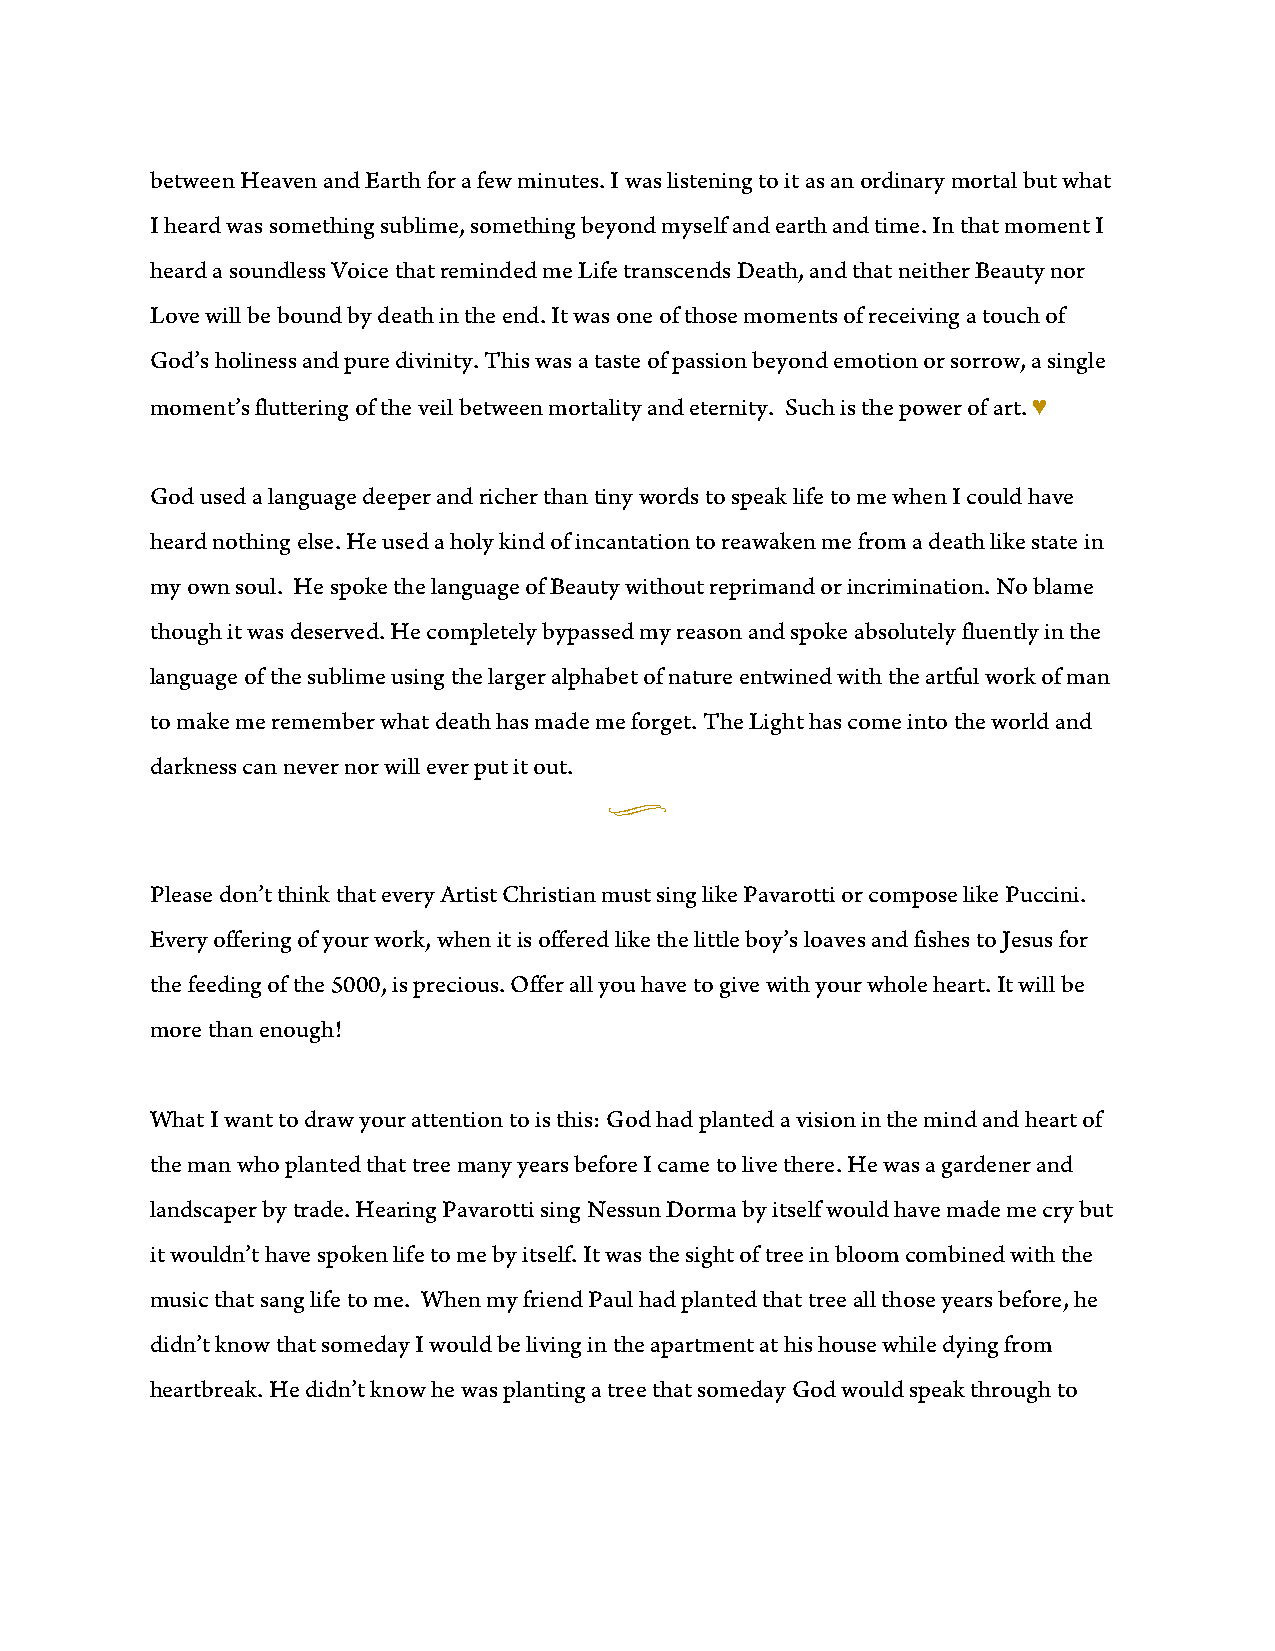
between Heaven and Earth for a few minutes. I was listening to it as an ordinary mortal but what
 I heard was something sublime, something beyond myself and earth and time. In that moment I
 heard a soundless Voice that reminded me Life transcends Death, and that neither Beauty nor
 Love will be bound by death in the end. It was one of those moments of receiving a touch of
 God’s holiness and pure divinity. This was a taste of passion beyond emotion or sorrow, a single
 moment’s fluttering of the veil between mortality and eternity. Such is the power of art. ♥
 God used a language deeper and richer than tiny words to speak life to me when I could have
 heard nothing else. He used a holy kind of incantation to reawaken me from a death like state in
 my own soul. He spoke the language of Beauty without reprimand or incrimination. No blame
 though it was deserved. He completely bypassed my reason and spoke absolutely fluently in the
 language of the sublime using the larger alphabet of nature entwined with the artful work of man
 to make me remember what death has made me forget. The Light has come into the world and
 darkness can never nor will ever put it out.
 u
 Please don’t think that every Artist Christian must sing like Pavarotti or compose like Puccini.
 Every offering of your work, when it is offered like the little boy’s loaves and fishes to Jesus for
 the feeding of the 5000, is precious. Offer all you have to give with your whole heart. It will be
 more than enough!
 What I want to draw your attention to is this: God had planted a vision in the mind and heart of
 the man who planted that tree many years before I came to live there. He was a gardener and
 landscaper by trade. Hearing Pavarotti sing Nessun Dorma by itself would have made me cry but
 it wouldn’t have spoken life to me by itself. It was the sight of tree in bloom combined with the
 music that sang life to me. When my friend Paul had planted that tree all those years before, he
 didn’t know that someday I would be living in the apartment at his house while dying from
 heartbreak. He didn’t know he was planting a tree that someday God would speak through to